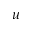
u